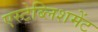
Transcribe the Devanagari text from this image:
एस्टेब्लिशमेंट